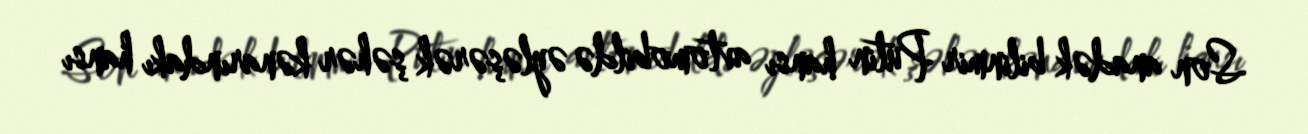
Son anadək bilinmir Putin hansı avtomobildə əyləşərək şəhər kənarındakı hansı